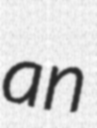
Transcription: an